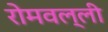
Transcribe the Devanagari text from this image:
रोमवल्ली